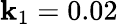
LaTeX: \mathbf{k}_{1}=0.02